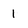
Character: 1